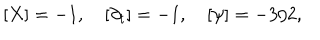
LaTeX: [ X ] = - 1 , \quad [ \partial _ { t } ] = - 1 , \quad [ \psi ] = - 3 / 2 ,